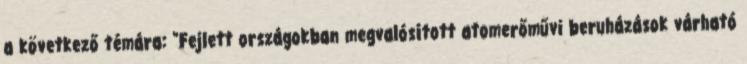
a következő témára: "Fejlett országokban megvalósított atomerőművi beruházások várható